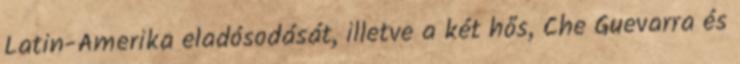
Latin-Amerika eladósodását, illetve a két hős, Che Guevarra és